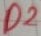
Text: D2